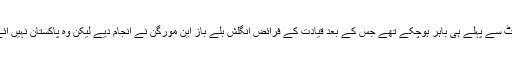
کراچی کنگز کے کپتان عماد وسیم زخمی ہونے کے بعد ایونٹ سے پہلے ہی باہر ہوچکے تھے جس کے بعد قیادت کے فرائض انگلش بلے باز این مورگن نے انجام دیے لیکن وہ پاکستان نہیں آئے اور آج کے میچ میں قیادت کا معاملہ بھی سوالیہ نشان ہے۔